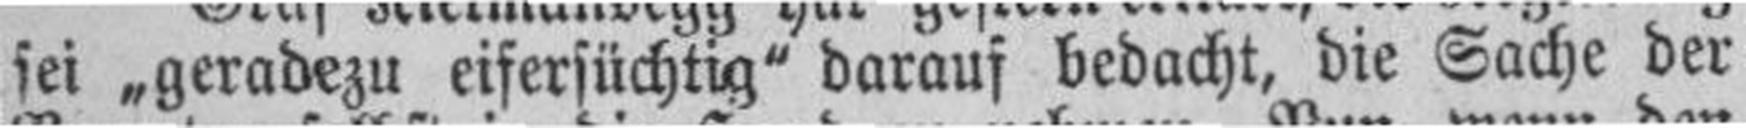
sei „geradezu eifersüchtig" darauf bedacht, die Sache der